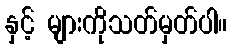
နှင့် များကိုသတ်မှတ်ပါ။